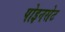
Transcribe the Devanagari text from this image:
पोइनसेट